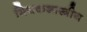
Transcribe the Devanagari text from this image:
मिथकशास्त्रीय